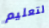
لتعليم